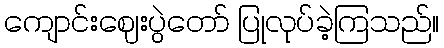
ကျောင်းဈေးပွဲတော် ပြုလုပ်ခဲ့ကြသည်။